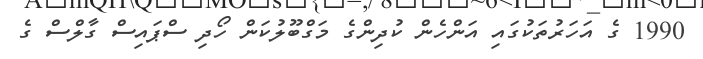
1990 ގެ އަހަރުތަކުގައި އަންހެން ކުދިންގެ މަގްބޫލުކަން ހޯދި ސްޕައިސް ގާލްސް ގެ